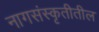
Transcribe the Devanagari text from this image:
नागसंस्कृतीतील